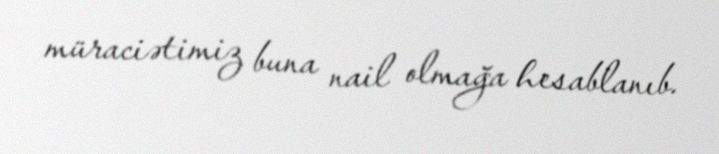
müraciətimiz buna nail olmağa hesablanıb.